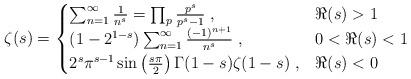
LaTeX: \begin{align*}\zeta(s) = \begin{cases}\sum_{n=1}^\infty \frac{1}{n^s} = \prod_{p }\frac{p^s}{p^s-1}\; , & \Re(s) >1\\(1-2^{1-s}) \sum_{n=1}^\infty \frac{(-1)^{n+1}}{n^s}\;, & 0<\Re(s)<1\\2^s\pi^{s-1}\sin\left(\frac{s\pi}{2}\right) \Gamma(1-s)\zeta(1-s)\;, & \Re(s)<0\end{cases}\end{align*}